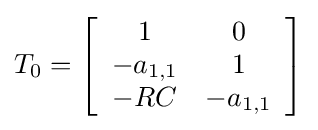
T_{0}=\left[{\begin{array}{c c}1&0\\-a_{1,1}&1\\-RC&-a_{1,1}\end{array}}\right]